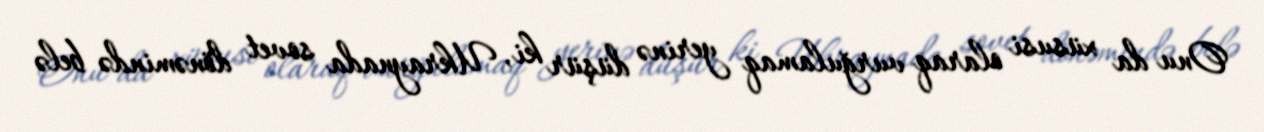
Onu da xüsusi olaraq vurğulamaq yerinə düşür ki, Ukraynada sovet dönəmində belə